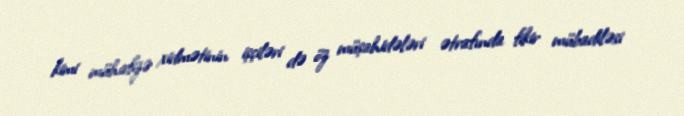
kimi mühafizə xidmətinin işçiləri də öz müşahidələri ətrafında fikir mübadiləsi